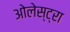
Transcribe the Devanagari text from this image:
ओलेस्ट्रा